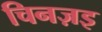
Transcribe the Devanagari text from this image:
चिनज़इ